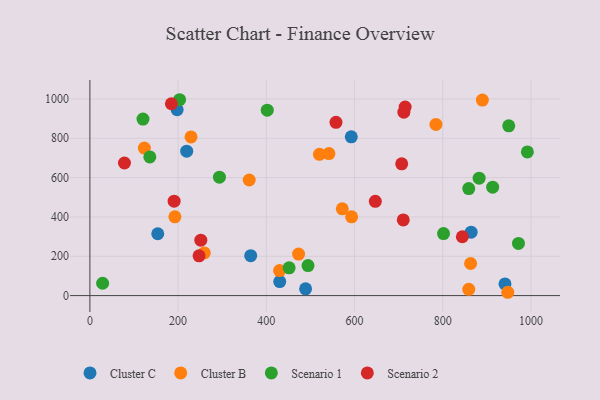
{"axis": {"x": "Speed", "y": "Salary"}, "legend": ["Cluster B", "Cluster C", "Scenario 1", "Scenario 2"], "data": [{"x": "364.6", "y": 203.2, "type": "Cluster C"}, {"x": "219.5", "y": 734.5, "type": "Cluster C"}, {"x": "489.0", "y": 34.2, "type": "Cluster C"}, {"x": "941.0", "y": 59.5, "type": "Cluster C"}, {"x": "864.3", "y": 322.4, "type": "Cluster C"}, {"x": "153.9", "y": 314.6, "type": "Cluster C"}, {"x": "197.8", "y": 945.5, "type": "Cluster C"}, {"x": "592.6", "y": 807.6, "type": "Cluster C"}, {"x": "430.4", "y": 71.4, "type": "Cluster C"}, {"x": "192.7", "y": 400.5, "type": "Cluster B"}, {"x": "123.5", "y": 750.3, "type": "Cluster B"}, {"x": "889.8", "y": 994.1, "type": "Cluster B"}, {"x": "430.0", "y": 127.3, "type": "Cluster B"}, {"x": "259.4", "y": 217.1, "type": "Cluster B"}, {"x": "229.3", "y": 807.1, "type": "Cluster B"}, {"x": "572.2", "y": 441.1, "type": "Cluster B"}, {"x": "784.5", "y": 870.5, "type": "Cluster B"}, {"x": "361.2", "y": 587.9, "type": "Cluster B"}, {"x": "593.3", "y": 400.4, "type": "Cluster B"}, {"x": "541.9", "y": 722.4, "type": "Cluster B"}, {"x": "863.1", "y": 163.2, "type": "Cluster B"}, {"x": "947.3", "y": 16.9, "type": "Cluster B"}, {"x": "473.1", "y": 211.0, "type": "Cluster B"}, {"x": "858.9", "y": 31.9, "type": "Cluster B"}, {"x": "520.4", "y": 718.2, "type": "Cluster B"}, {"x": "991.8", "y": 730.6, "type": "Scenario 1"}, {"x": "203.4", "y": 996.1, "type": "Scenario 1"}, {"x": "135.9", "y": 705.2, "type": "Scenario 1"}, {"x": "120.4", "y": 897.8, "type": "Scenario 1"}, {"x": "451.7", "y": 141.4, "type": "Scenario 1"}, {"x": "402.1", "y": 943.2, "type": "Scenario 1"}, {"x": "882.4", "y": 597.3, "type": "Scenario 1"}, {"x": "28.9", "y": 62.9, "type": "Scenario 1"}, {"x": "971.6", "y": 265.1, "type": "Scenario 1"}, {"x": "293.7", "y": 602.3, "type": "Scenario 1"}, {"x": "494.5", "y": 152.7, "type": "Scenario 1"}, {"x": "858.9", "y": 544.2, "type": "Scenario 1"}, {"x": "913.1", "y": 551.4, "type": "Scenario 1"}, {"x": "801.7", "y": 315.5, "type": "Scenario 1"}, {"x": "949.6", "y": 863.3, "type": "Scenario 1"}, {"x": "247.5", "y": 202.1, "type": "Scenario 2"}, {"x": "557.9", "y": 881.1, "type": "Scenario 2"}, {"x": "714.7", "y": 958.9, "type": "Scenario 2"}, {"x": "710.4", "y": 384.8, "type": "Scenario 2"}, {"x": "251.5", "y": 281.6, "type": "Scenario 2"}, {"x": "184.8", "y": 975.6, "type": "Scenario 2"}, {"x": "647.1", "y": 479.2, "type": "Scenario 2"}, {"x": "191.0", "y": 480.4, "type": "Scenario 2"}, {"x": "711.8", "y": 932.9, "type": "Scenario 2"}, {"x": "706.9", "y": 669.9, "type": "Scenario 2"}, {"x": "78.4", "y": 674.2, "type": "Scenario 2"}, {"x": "844.4", "y": 299.2, "type": "Scenario 2"}]}